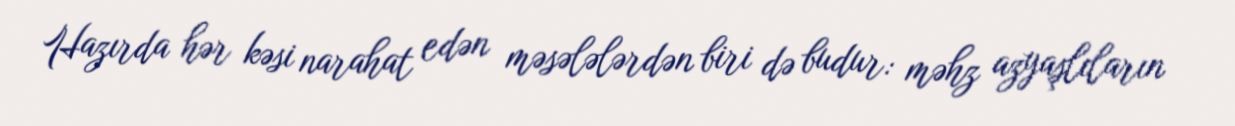
Hazırda hər kəsi narahat edən məsələlərdən biri də budur: məhz azyaşlıların